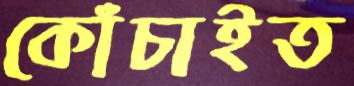
কোঁচাইত